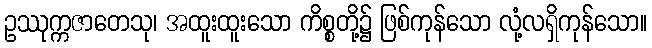
ဥဿုက္ကဇာတေသု၊ အထူးထူးသော ကိစ္စတို့၌ ဖြစ်ကုန်သော လုံ့လရှိကုန်သော။